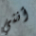
أنني